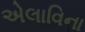
એલાવિના